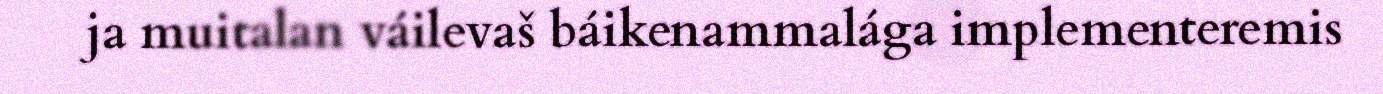
ja muitalan váilevaš báikenammalága implementeremis